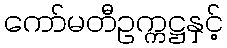
ကော်မတီဥက္ကဋ္ဌနှင့်